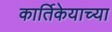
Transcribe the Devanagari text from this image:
कार्तिकेयाच्या